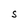
Character: S